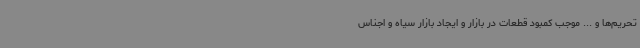
تحریم‌ها و ... موجب کمبود قطعات در بازار و ایجاد بازار سیاه و اجناس